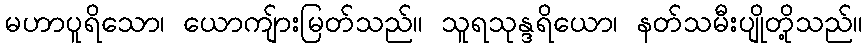
မဟာပူရိသော၊ ယောကျ်ားမြတ်သည်။ သူရသုန္ဒရိယော၊ နတ်သမီးပျိုတို့သည်။